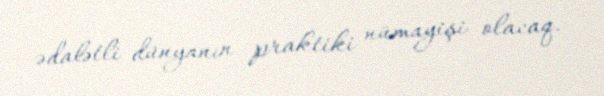
ədalətli dünyanın praktiki nümayişi olacaq.